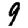
Digit: 9